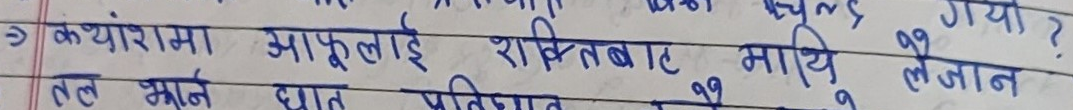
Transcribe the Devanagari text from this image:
क्यांशमा आफुलाई शक्तिबाट माथि लैजान ?
तल भान घात प्रतिघात लैजाने ?